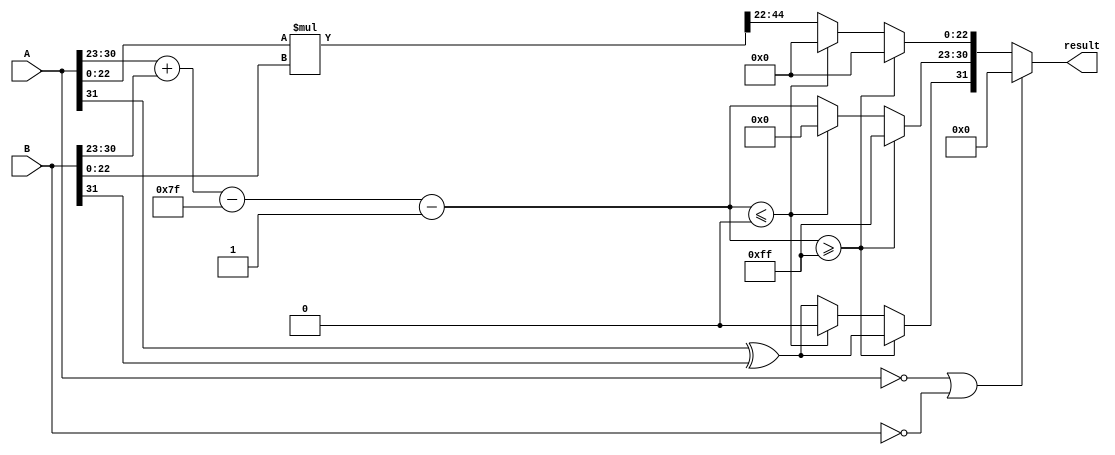
module floating_point_multiplier (
    input [31:0] A, // Input A in IEEE 754 format
    input [31:0] B, // Input B in IEEE 754 format
    output reg [31:0] result // Output result in IEEE 754 format
);

    // Components of the floating-point representation
    wire sign_A = A[31];
    wire sign_B = B[31];
    wire [7:0] exp_A = A[30:23];
    wire [7:0] exp_B = B[30:23];
    wire [22:0] frac_A = {1'b1, A[22:0]}; // Including implicit leading 1
    wire [22:0] frac_B = {1'b1, B[22:0]}; // Including implicit leading 1
    
    // Bias for single precision
    localparam BIAS = 8'd127;
    reg [7:0] exp_result;
    reg [47:0] frac_result; // 23 + 23 = 46 bits for multiplication
    
    always @(*) begin
        // Default result to zero
        result = 32'b0;

        // Handle special cases
        if (A == 32'b0 || B == 32'b0) begin
            // Multiplication by zero
            result = 32'b0;
        end else begin
            // Calculate the exponent
            exp_result = exp_A + exp_B - BIAS;

            // Multiply the mantissas (23 bits + 23 bits = 46 bits)
            frac_result = frac_A * frac_B;

            // Normalize the result
            if (frac_result[47]) begin
                // If overflow in mantissa, shift right
                frac_result = frac_result >> 1;
                exp_result = exp_result + 8'd1;
            end else if (frac_result[46] == 0) begin
                // If leading bit is zero, shift left (normalize)
                frac_result = frac_result << 1;
                exp_result = exp_result - 8'd1;
            end

            // Calculate the resulting sign
            result[31] = sign_A ^ sign_B;

            // Check for overflow or underflow
            if (exp_result >= 8'd255) begin
                // Overflow: set result to infinity
                result[30:23] = 8'b11111111; // Exponent max for infinity
                result[22:0] = 23'b0; // Mantissa for infinity
            end else if (exp_result <= 8'd0) begin
                // Underflow: set result to zero
                result = 32'b0; // Underflow case
            end else begin
                // Assemble the final result
                result[30:23] = exp_result; // Set exponent
                result[22:0] = frac_result[45:23]; // Set mantissa (23 bits)
            end
        end
    end

endmodule